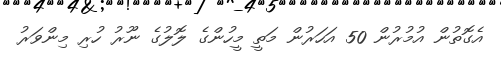
އެގޮތުން އުމުރުން 50 އަހަރުން މަތީ މީހުންގެ ލޮލުގެ ނޫރު ހުރި މިންވަރު